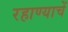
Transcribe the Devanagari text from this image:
रहाण्याचें